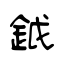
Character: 鉞